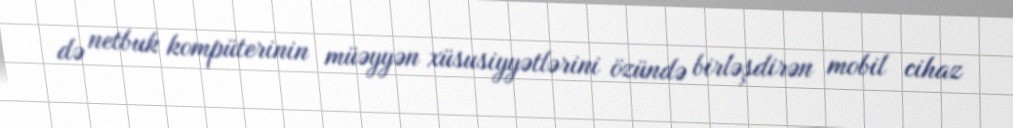
də netbuk kompüterinin müəyyən xüsusiyyətlərini özündə birləşdirən mobil cihaz